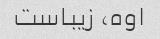
اوه، زیباست